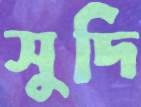
সুদি